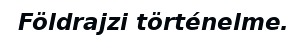
Földrajzi történelme.